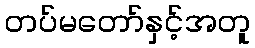
တပ်မတော်နှင့်အတူ